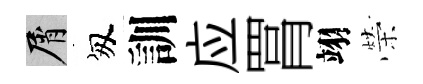
屑匆訓应罥翊榮